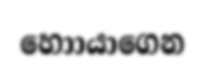
හොායාගෙන